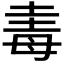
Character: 𣫴